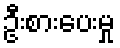
ဦးစားပေးမှု